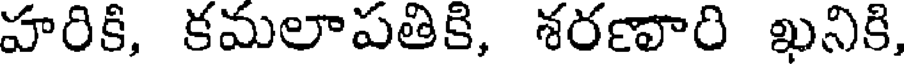
హరికి, కమలాపతికి, శరణారి ఖనికి,